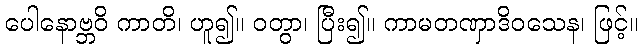
ပေါနောဗ္ဘဝိ ကာတိ၊ ဟူ၍။ ဝတွာ၊ ပြီး၍။ ကာမတဏှာဒိဝသေန၊ ဖြင့်။